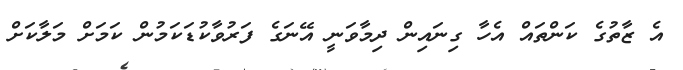
އެ ޒާތުގެ ކަންތައް އެހާ ގިނައިން ދިމާވަނީ އޭނަގެ ފަރުވާކުޑަކަމުން ކަމަށް މަލާކަށް